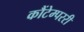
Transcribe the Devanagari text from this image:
कौंटेम्पररी